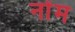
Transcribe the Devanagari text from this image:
नोंम